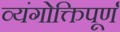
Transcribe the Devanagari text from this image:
व्यंगोक्तिपूर्ण